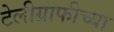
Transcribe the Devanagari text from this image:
टेलीग्राफीच्या